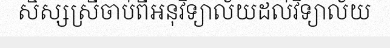
សិស្សស្រីចាប់ពីអនុវិទ្យាល័យដល់វិទ្យាល័យ